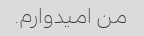
من امیدوارم.